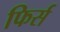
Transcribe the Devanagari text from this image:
फिर्स